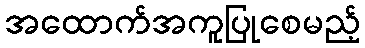
အထောက်အကူပြုစေမည့်